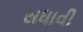
સધાવી